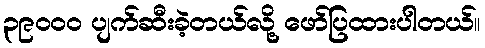
၃၉၀၀၀ ပျက်ဆီးခဲ့တယ်လို့ ဖော်ပြထားပါတယ်။